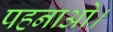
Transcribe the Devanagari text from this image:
पहनाओ।